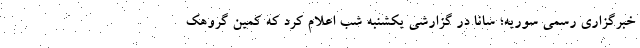
خبرگزاری رسمی سوریه؛ سانا در گزارشی یکشنبه شب اعلام کرد که کمین گروهک